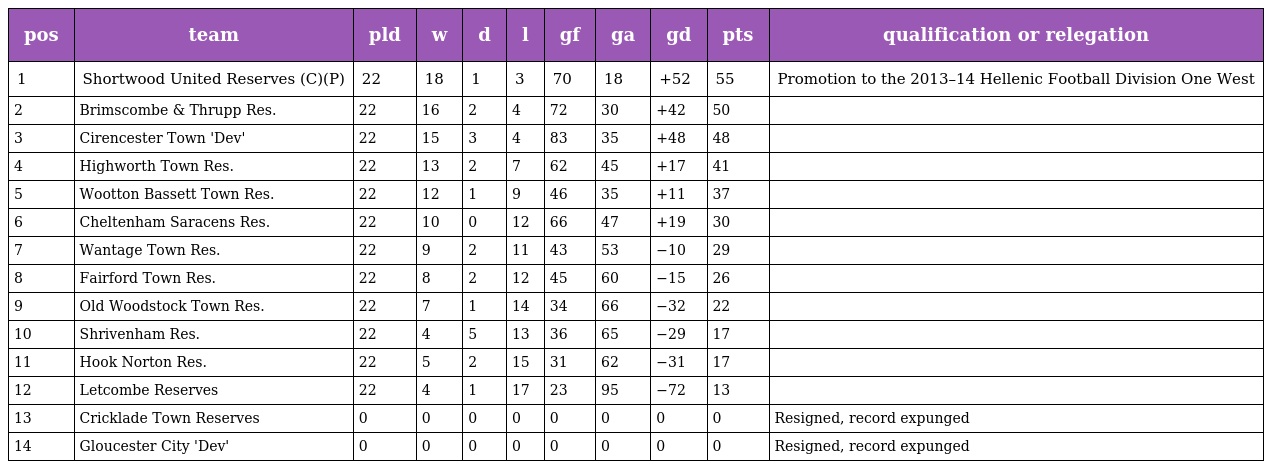
| pos | team | pld | w | d | l | gf | ga | gd | pts | qualification or relegation |
 | --- | --- | --- | --- | --- | --- | --- | --- | --- | --- | --- |
 | 1 | Shortwood United Reserves (C)(P) | 22 | 18 | 1 | 3 | 70 | 18 | +52 | 55 | Promotion to the 2013–14 Hellenic Football Division One West |
 | 2 | Brimscombe & Thrupp Res. | 22 | 16 | 2 | 4 | 72 | 30 | +42 | 50 |  |
 | 3 | Cirencester Town 'Dev' | 22 | 15 | 3 | 4 | 83 | 35 | +48 | 48 |  |
 | 4 | Highworth Town Res. | 22 | 13 | 2 | 7 | 62 | 45 | +17 | 41 |  |
 | 5 | Wootton Bassett Town Res. | 22 | 12 | 1 | 9 | 46 | 35 | +11 | 37 |  |
 | 6 | Cheltenham Saracens Res. | 22 | 10 | 0 | 12 | 66 | 47 | +19 | 30 |  |
 | 7 | Wantage Town Res. | 22 | 9 | 2 | 11 | 43 | 53 | −10 | 29 |  |
 | 8 | Fairford Town Res. | 22 | 8 | 2 | 12 | 45 | 60 | −15 | 26 |  |
 | 9 | Old Woodstock Town Res. | 22 | 7 | 1 | 14 | 34 | 66 | −32 | 22 |  |
 | 10 | Shrivenham Res. | 22 | 4 | 5 | 13 | 36 | 65 | −29 | 17 |  |
 | 11 | Hook Norton Res. | 22 | 5 | 2 | 15 | 31 | 62 | −31 | 17 |  |
 | 12 | Letcombe Reserves | 22 | 4 | 1 | 17 | 23 | 95 | −72 | 13 |  |
 | 13 | Cricklade Town Reserves | 0 | 0 | 0 | 0 | 0 | 0 | 0 | 0 | Resigned, record expunged |
 | 14 | Gloucester City 'Dev' | 0 | 0 | 0 | 0 | 0 | 0 | 0 | 0 | Resigned, record expunged |